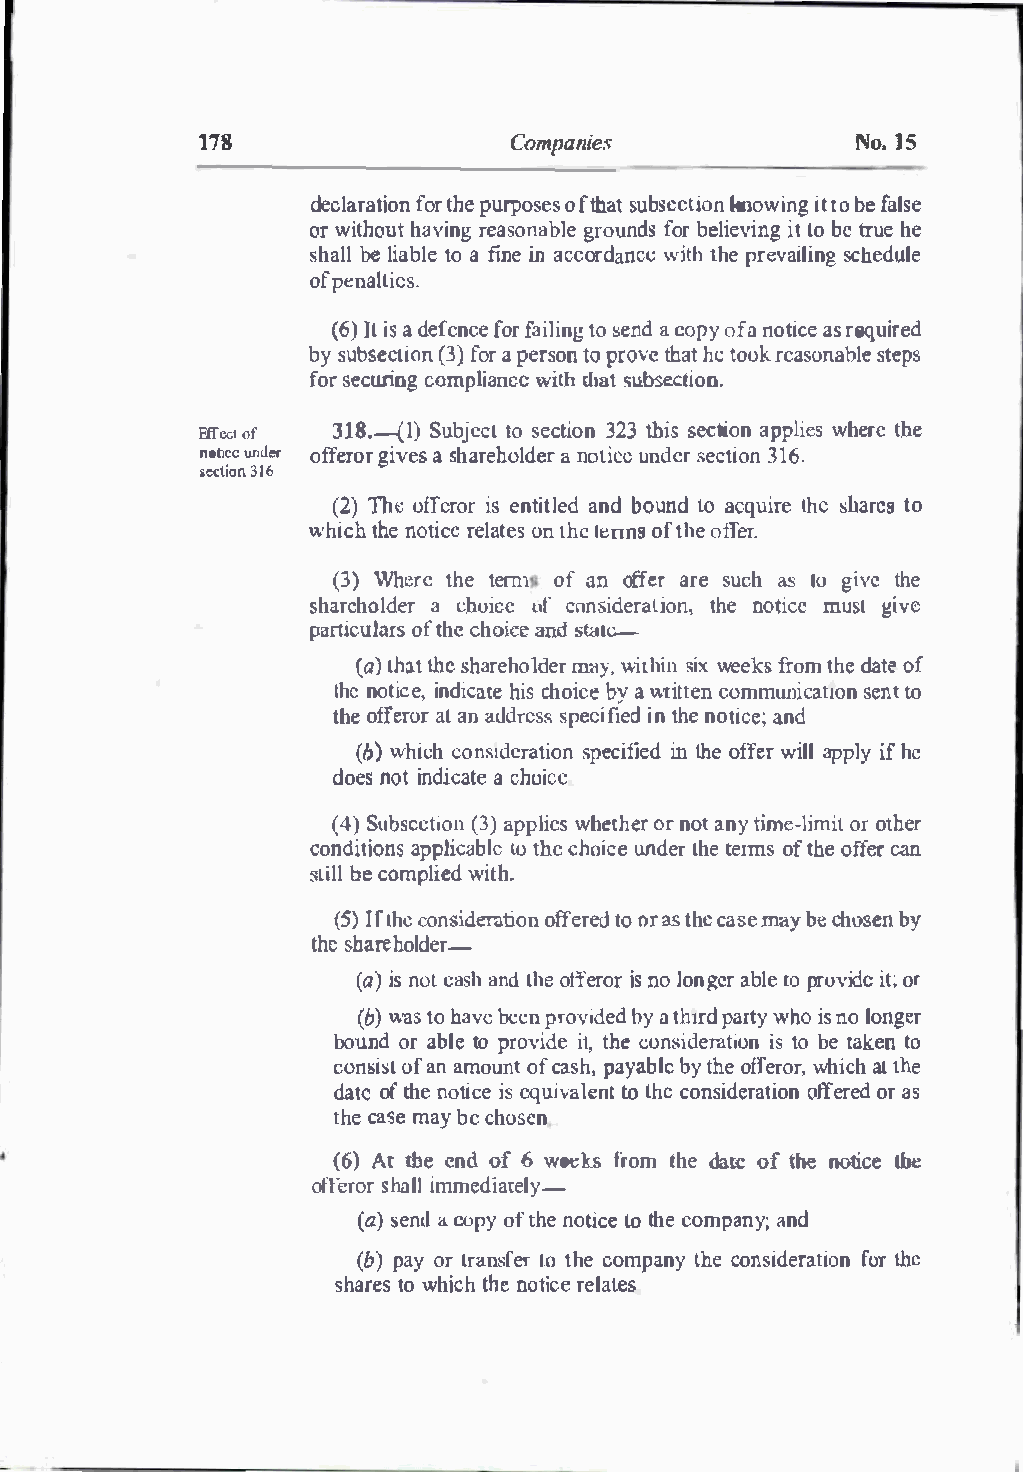
178                  Companies              No.lS
 declarfaottrhi epo unrp osoeftsh astu bseckntiowoinng i ttob e f alse
 orw ithohuatvi ng resaonagbrlouen fdosb re lieivlti onb egtr ueh e
 shablell i atbola efi nein accordanct.: witthh per evaislcihendgu le
 ofpl!nahics.
 (6l)li s ad efenfcoferai litno ::�eg nd cao poyf an otiacsre eq uired
 by sutbiso(en3cf )o arp erstoopn r ovteh ahte t oorkea sonsatbelpes
 for  seccourimnpgl iawnciett hh subsecatti on.
 Etrec1 of 318.--(Su1bj)e ctt os eicot3n2 3th issec tiona ppliwehse rteh e
 noocumlcer offroerg ivaes sh arehaon lodteiurcn e d .seercio tn 316.
 secti3on1 6
 (2Th)t: offeirseo nrt italenddb ountod a cquilhrces h arteos
 whicthhne o tircee laotnte hsel �nnosft hoeffer.
 (3W)h erteh tee m1o f oaffne arr seu ch lug ivteh e
 as
 sharehoal cdhero icle •cfo nsidetrhea ntoitoicnmeu, s t give
 p�nicuolafhre sc t hoiandc es ta�
 (at)h thaets harehIIDIoY,lw dietrhs iiwnxee kfsro mt hdea toe f
 lhncoti ce
 ,
 indichaticesh oicaew rbiyt ten comsmewnltoti cat!On
 theo ffearlaonra ddrsepscefsil eidn t hneo tiacnde ;
 (b)w hihcc ondseirastpieocni inf tiheeod f fweirla lp pilfy he
 doenso ti ndicaac theo ice
 (4)S ubse(c3ta)ip polniw ehse thoerrn oatn tyi me-loimroi tth er
 conditaippolnaibscl teot h ec hoi un cdeert htee rmosft hoeffer can
 stiblecl o mplwiietdh .
 (5I)fL hcco nsideratioonffe rteood r as thec asmeay b ec hosebny
 thse hahroelder-
 (ai)sn ot acnads hotf hfeei rnso olro n gerab lreop roviidteo; r
 (bw)a ts o bbaevepcnr ovibyda et hdr pradr wthyo nisol onger
 bounodra blteop r ovide itth,ec onsideirastto i tobanek en to
 consoifas nta mouonftc aspha,y alebb yt hoef fewrhoirca,ht the
 datoeft hneot icei se quvialeton tL hcco nsideorffaetrioeoradn s
 thcea smea yb ec hosen
 (6A)t th e endo f6 weeks frotmeh d ateo ft he noticethe
 otleshraloli rm mediately-
 (as)e n a. ctoip oyf tnohtice e lo thceo mpaannyd;
 (bp)ay o rt ranLsotf hecero mpatnhyec onsidefruartht ei on
 sharest ow hicthhne o tireclaet es